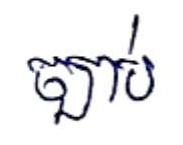
ច្បាប់